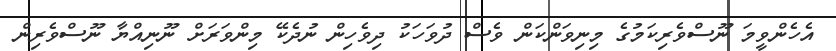
އެހެންވީމަ ނޫސްވެރިކަމުގެ މިނިވަންކަން ވެސް ދުވަހަކު ދިވެހިން ނުދެކޭ މިންވަރަށް ނޫނިއްޔާ ނޫސްވެރިން